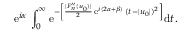
\mathrm { e } ^ { i \alpha } \, \int _ { 0 } ^ { \infty } \mathrm { e } ^ { - \left[ { \frac { | F _ { n } ^ { \prime \prime } ( u _ { 0 } ) | } { 2 } } \, \mathrm { e } ^ { i ( 2 \alpha + \beta ) } \, ( t - | u _ { 0 } | ) ^ { 2 } \right] } \mathrm { d } t \, .